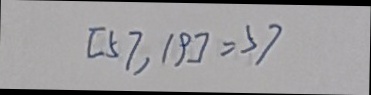
[ 5 7 , 1 9 ] = 5 7